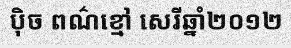
ប៉ិច ពណ៌ខ្មៅ សេរីឆ្នាំ២០១២